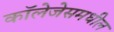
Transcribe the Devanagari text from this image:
कॉलेजेसमधील